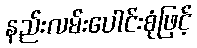
နည်းလမ်းပေါင်းစုံဖြင့်